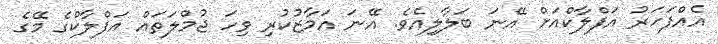
އެއްފަހަރު އަފްލާކްއަށް އޭނަ ބަލާލިއެވެ. އޭނަ އަމާޒުކުރި ވިހަ ޖުމްލަތައް އަފްލާކްގެ މޭގެ